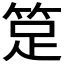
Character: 𥭽